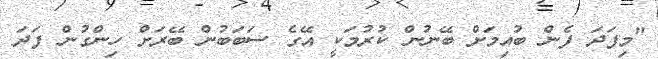
"މިފަދަ ފެން ބުއިމަށް ބޭނުން ކުރުމަކީ އޭގެ ސަބަބުން ބޭރަށް ހިންގުން ފަދަ